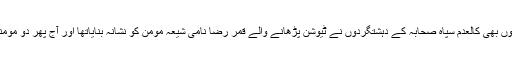
واضع رہے کہ گزشتہ دنوں بھی کالعدم سپاہ صحابہ کے دہشتگردوں نے ٹیوشن پڑھانے والے قمر رضا نامی شیعہ مومن کو نشانہ بنایاتھا اور آج پھر دو مومنین کو نشانہ بنایا گیا ہے۔